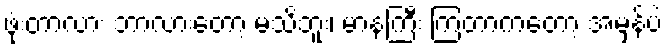
ဖုံးတာလား ဘာလားတော့ မသိဘူး၊ မာနကြီး ကြတာကတော့ အမှန်ပဲ